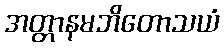
အတ္တာနမဘိတောသယံ